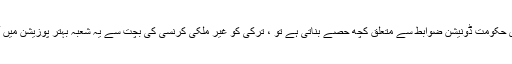
اگر ہماری حکومت ڈونیشن ضوابط سے متعلق کچھ حصے بناتی ہے تو ، ترکی کو غیر ملکی کرنسی کی بچت سے یہ شعبہ بہتر پوزیشن میں آسکتا ہے۔